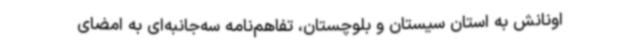
اونانش به استان سیستان و بلوچستان، تفاهم‌نامه‌ سه‌جانبه‌ای به امضای